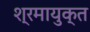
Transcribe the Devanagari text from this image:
श्रमायुक्त